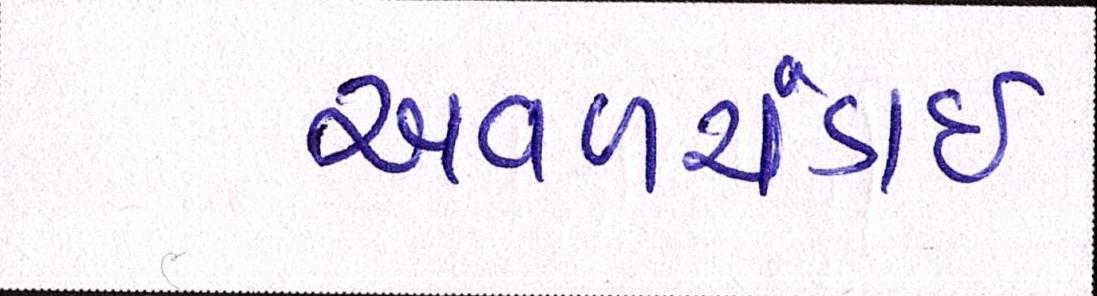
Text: અવળચંડાઇ